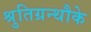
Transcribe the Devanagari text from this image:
श्रुतिग्रन्थौके